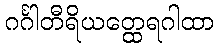
ဂင်္ဂါတီရိယတ္ထေရဂါထာ